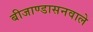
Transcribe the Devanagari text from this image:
बीजाण्डासनवाले